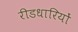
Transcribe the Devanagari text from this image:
रीडधारियों